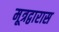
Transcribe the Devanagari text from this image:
मूत्रद्वारास